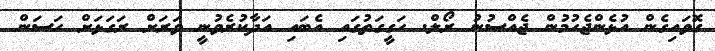
ގޮވައިގެން އުޅެންޖެހުމުން ޖެއްސުނު ރޯލް. ހަގީގަތުގައި އެބައި އަދާކުރެވުނީ ވަރަށް ރަގަޅަށް ހަސަން